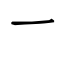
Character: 一